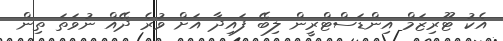
އެކު ޓޫރިޒަމް އިންޑަސްޓްރީން ލިބޭ ފައިދާ އަށް ވުރެ ދޭއް ނުވަތަ ތިން